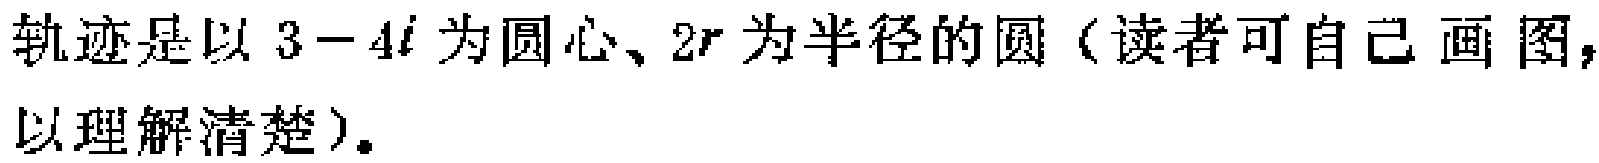
轨迹是以 \(3 - 4i\) 为圆心、\(2r\) 为半径的圆（读者可自己画图，以理解清楚）。